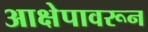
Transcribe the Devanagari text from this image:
आक्षेपावरून